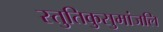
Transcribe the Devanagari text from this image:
स्तुतिकुसुमांजलि